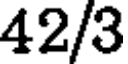
42/3